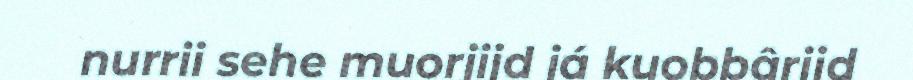
nurrii sehe muorjijd já kuobbârijd